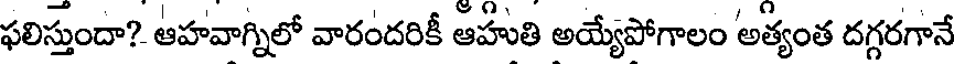
ఫలిస్తుందా? ఆహవాగ్నిలో వారందరికీ ఆహుతి అయ్యేపోగాలం అత్యంత దగ్గరగానే